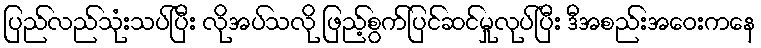
ပြည်လည်သုံးသပ်ပြီး လိုအပ်သလို ဖြည့်စွက်ပြင်ဆင်မှုလုပ်ပြီး ဒီအစည်းအဝေးကနေ